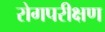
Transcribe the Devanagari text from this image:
रोगपरीक्षण